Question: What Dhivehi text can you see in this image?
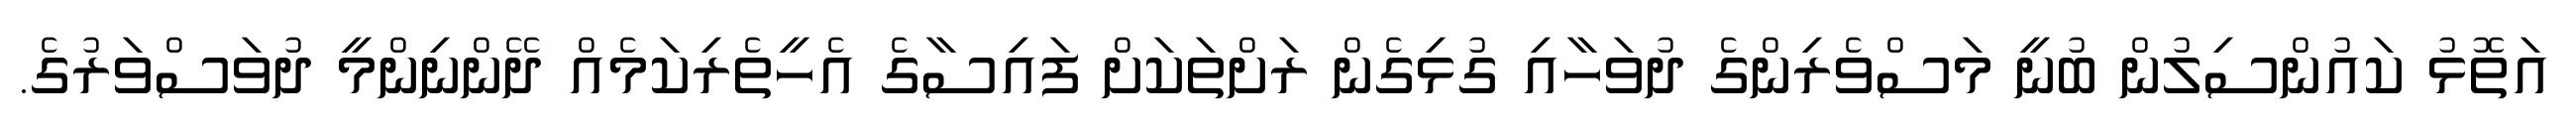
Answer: އަތޮޅު ކައުންސިލުން ބުނީ މަސްވެރިންގެ ދުވަހާއި ގުޅިގެން ރަށްތަކަށް ފައިސާގެ އެހީތެރިކަމެއް ދޭންނިންމީ ދުވަސްވަރުގެ.